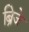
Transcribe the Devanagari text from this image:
ब्रिजे